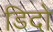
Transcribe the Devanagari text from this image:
डिदो